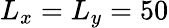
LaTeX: L_{x}=L_{y}=50